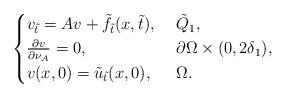
LaTeX: \begin{align*}\begin{cases}v_{\tilde{t}}=Av+\tilde{f}_{\tilde{t}}(x,\tilde{t}), &\ \tilde{Q}_1,\\\frac{\partial v}{\partial \nu_{A}}=0, &\ \partial\Omega\times(0,2\delta_1),\\v(x,0)=\tilde{u}_{\tilde{t}}(x,0), &\ \Omega.\end{cases}\end{align*}